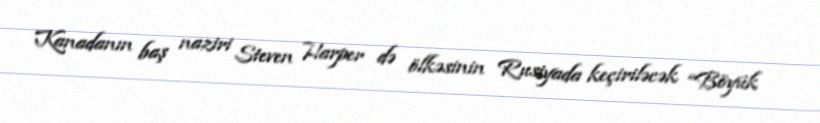
Kanadanın baş naziri Steven Harper də ölkəsinin Rusiyada keçiriləcək “Böyük